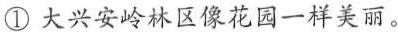
①大兴安岭林区像花园一样美丽。